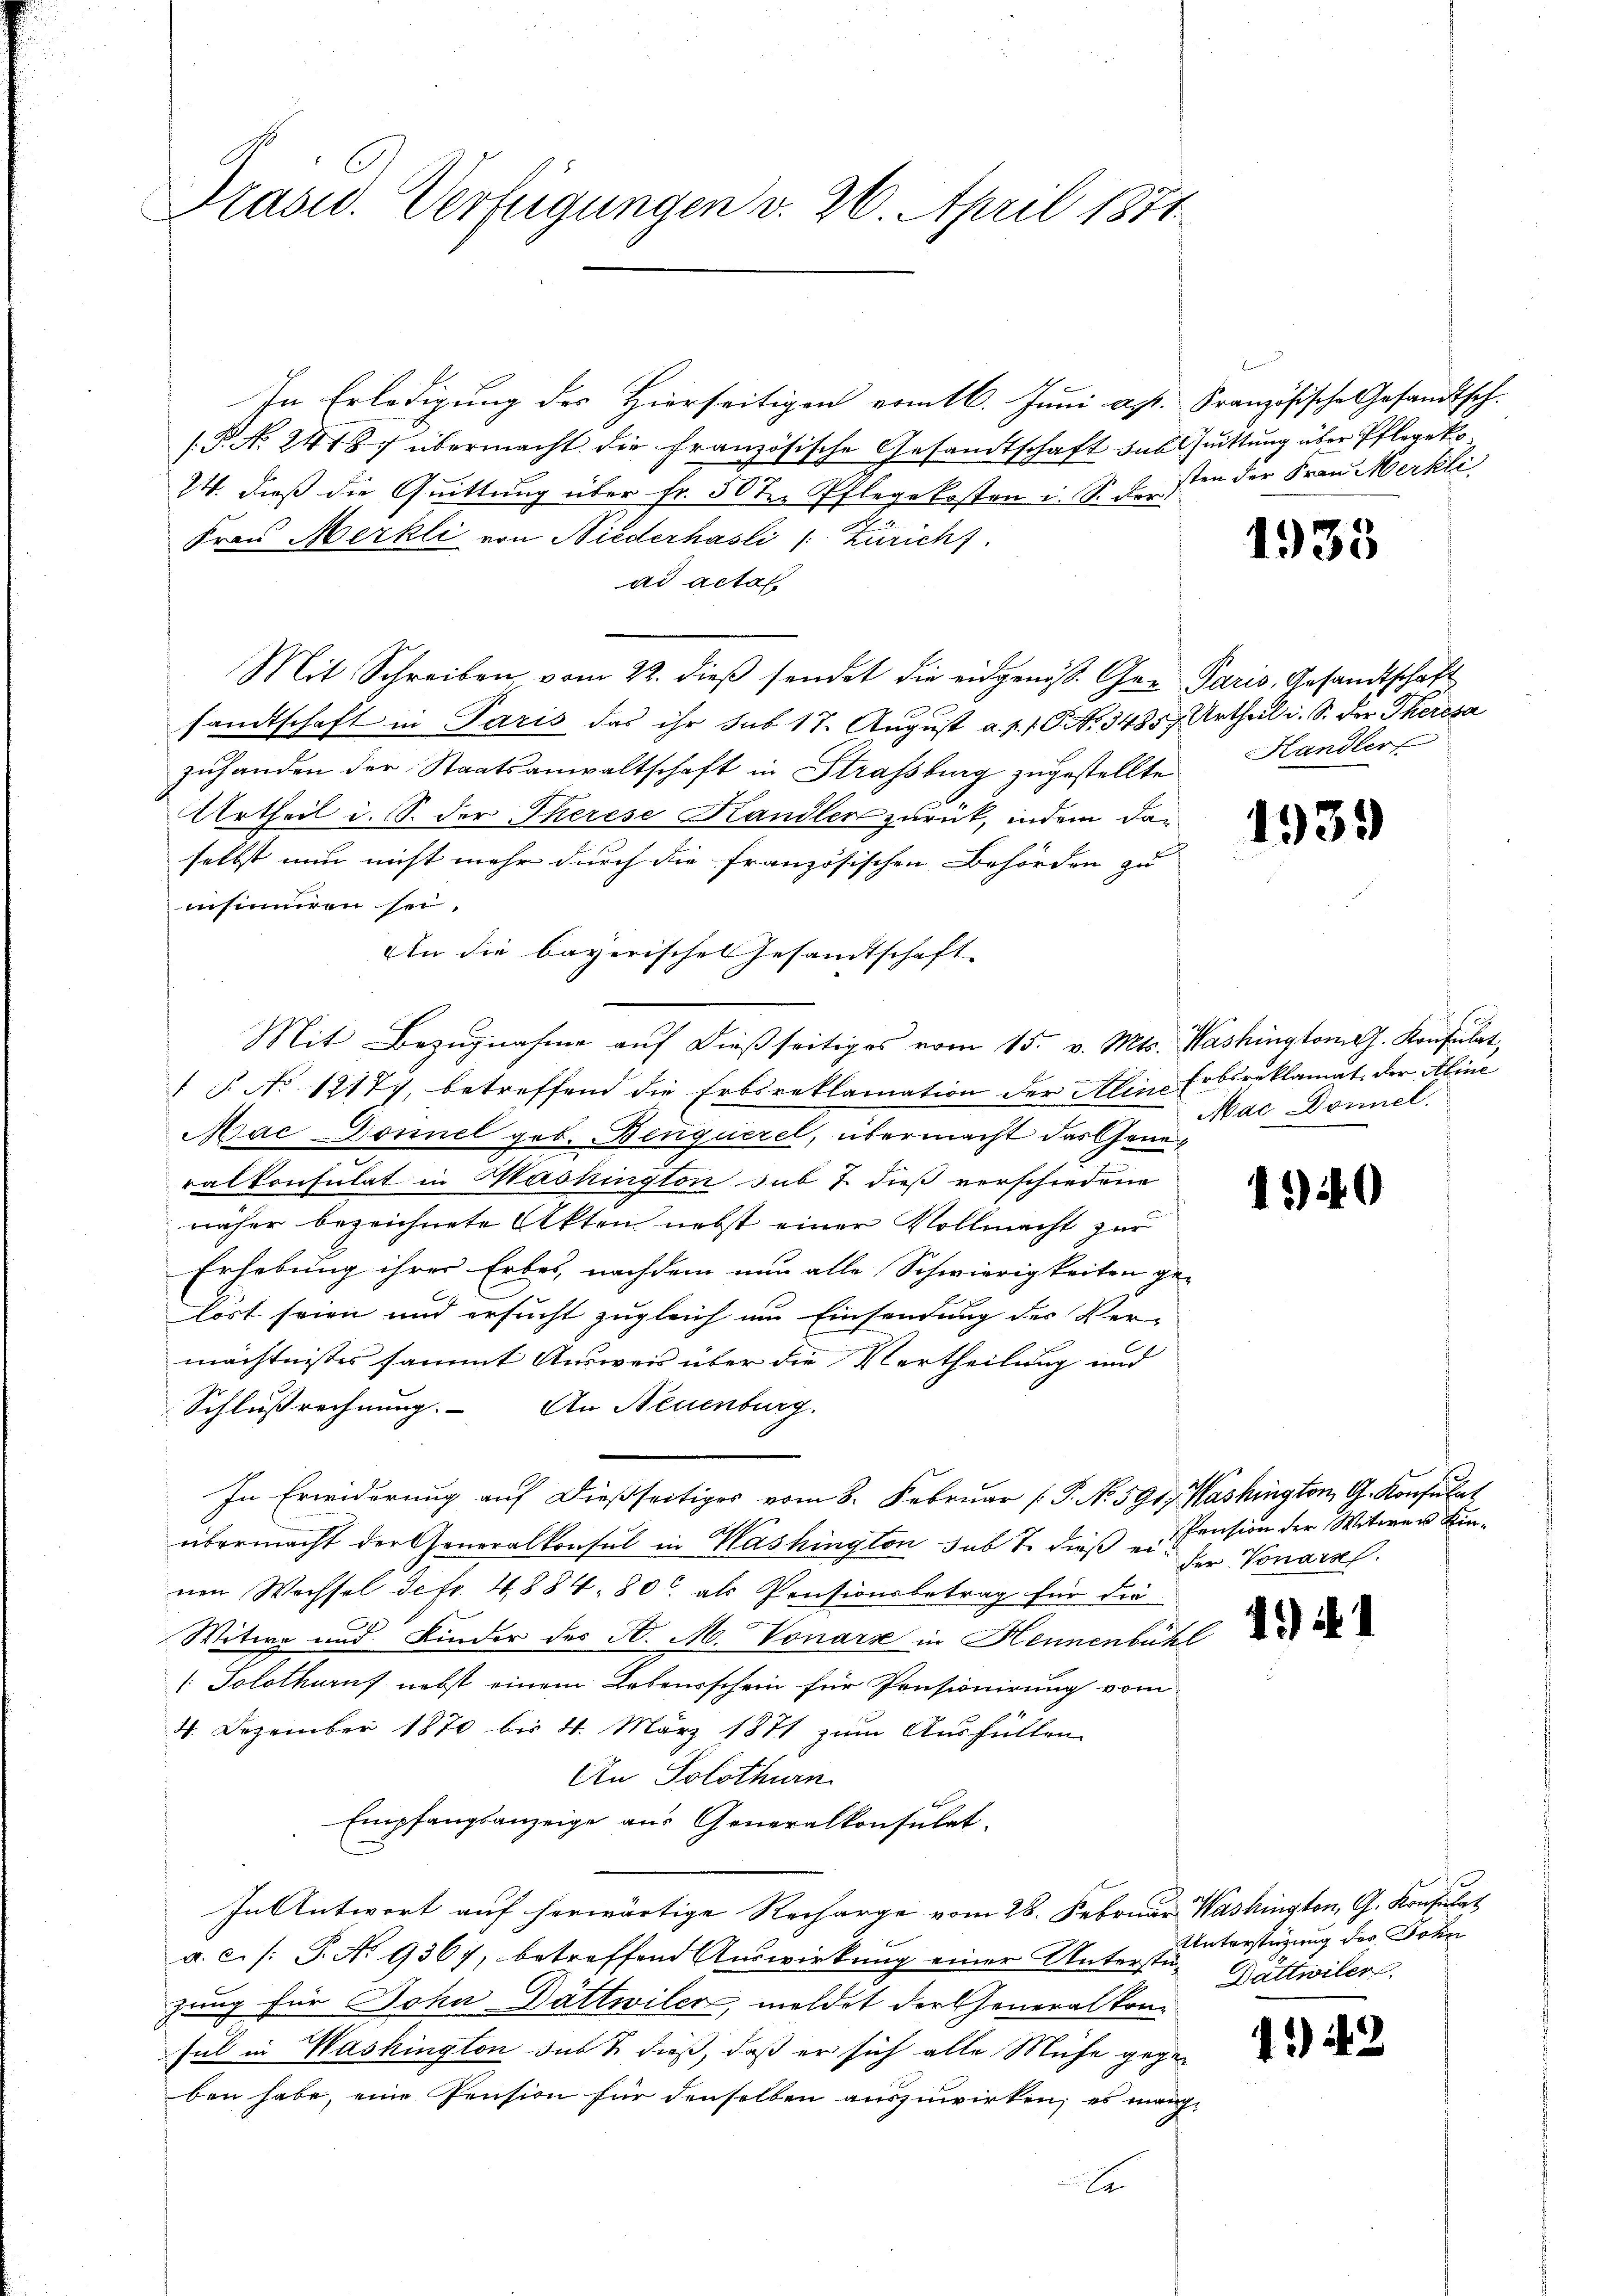
In Erledigung des Hierseitigen vom 16. Juni apr. Französische Gesamtsch-
(P. No. 2418. übermacht die französische Gesandtschaft das Quittung über Pflegeko
24. dieß die Quittung über fr. 50 ten Pflegekosten i. S. der
Frau Merkli von Niederhasli (Züricht
ad actat
Mit Schreiben vom 22. dieβ sendet die eidgenös. Ger Paris, Gesandtschaft
sandtschaft in Paris das ihr sub 17. August a. p. 1. P. No. 3485, Urtheil i. S. der Theresa
zuhanden der Staatsanwaltschaft in Strassburg zugestellte
Urtheil i. S. der Therese Handler zurück, indem dan
selbst nun nicht mehr durch die französischen Behörden zu
insimiren sei.
An die bayerisches Gesandtschaft
Mit Bezugnahme auf dießseitiges vom 15. v. Mts. Washington J. Konsulat
1 P. No 12177, betreffend die Erbsreklamation der Alins Erbsreklamat. Der Aline
Mac Donnel geb. Benquerel, übermacht das Generalkonsulat in Mashington sub 7. dieß verschiedene
näher bezeichnete Akten nebst einer Vollmacht zur
Erhebung ihrer Erbes, nachdem nun alle Schwierigkeiten ge-
lort seien und ersucht zugleich um Einsendung des Ver-
mächtnisses sammt Ausweis über die Vertheilung und
Schlußrechnung. An Neuenburg.
In Erwiderung auf dießseitiges vom 8. Februar (P. No. 590, Washington G. Konsulat
übermacht der Generalkonsul in Washington sub 7. dieß ei-
nen Wachsel defr. 4884. 80 als Pensionsbetrag für die
Witwe und Kinder des H. M. Vonarz in Hennenbühl
/: Solothurns nebst einem Lebensschein für Pensionirung vom
4. Dezember 1870 bis 4. März 1871 zum Ausfüllen
An Solothurn
Empfangsanzeige aus Generalkonsulet
In Antwort auf herwärtige Recharge vom 28. Februar Washington, G. Konsulat
a. c. /: P. No 9367, betreffend Auswirkung einer Unterstüzung für John Dättwiler, meldet der Generalkon
sul in Washington sub & dieß, daß er sich alle Mühe gegen
ben habe, eine Pension für denselben auszuwirken, es mang¬

Prasid. Verfügungen v. 26. April 1871

sten der Frau Merkli

1933

Handler

1939

Mac Donnel.

140

Pension der Witwer Kin-
der Tonare.

49) S. 1

Unterstüzung des Sohn
Dättwiler

4. 42